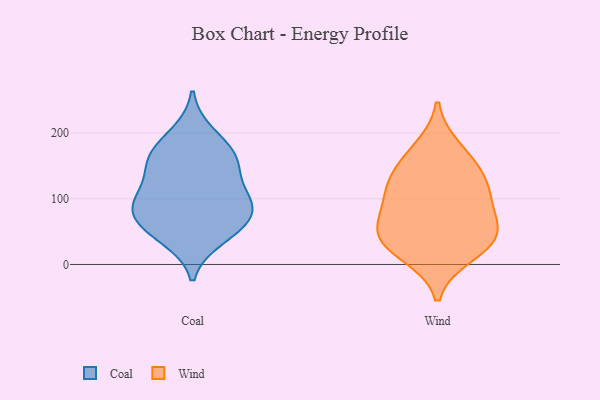
{"axis": {"x": "Headcount", "y": "Value"}, "legend": ["Coal", "Wind"], "data": [{"x": "", "y": 92, "type": "Coal"}, {"x": "", "y": 103, "type": "Coal"}, {"x": "", "y": 40, "type": "Coal"}, {"x": "", "y": 166, "type": "Coal"}, {"x": "", "y": 80, "type": "Coal"}, {"x": "", "y": 52, "type": "Coal"}, {"x": "", "y": 170, "type": "Coal"}, {"x": "", "y": 105, "type": "Coal"}, {"x": "", "y": 59, "type": "Coal"}, {"x": "", "y": 151, "type": "Coal"}, {"x": "", "y": 148, "type": "Coal"}, {"x": "", "y": 199, "type": "Coal"}, {"x": "", "y": 82, "type": "Coal"}, {"x": "", "y": 15, "type": "Wind"}, {"x": "", "y": 149, "type": "Wind"}, {"x": "", "y": 52, "type": "Wind"}, {"x": "", "y": 29, "type": "Wind"}, {"x": "", "y": 46, "type": "Wind"}, {"x": "", "y": 83, "type": "Wind"}, {"x": "", "y": 112, "type": "Wind"}, {"x": "", "y": 105, "type": "Wind"}, {"x": "", "y": 177, "type": "Wind"}, {"x": "", "y": 46, "type": "Wind"}, {"x": "", "y": 134, "type": "Wind"}]}